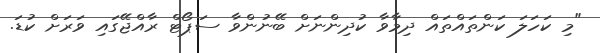
"މި ކަހަލަ ކަންތައްތައް ދިމާވާ ކުދިންނަށް ބޭނުންވާ ސަޕޯޓް ރާއްޖޭގައި ވަރަށް ކުޑަ.